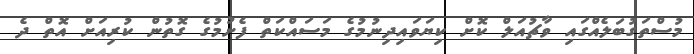
މުސްތަގުބަލެއްގައި ވާޗުއަލް ކޮށް ކިޔަވައިދިނުމުގެ މަސައްކަތް ފެށުމުގެ ގޮތުން ކުރިއަށް އޮތް ދެ